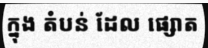
ក្នុង តំបន់ ដែល ផ្សោត